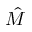
\hat { M }